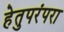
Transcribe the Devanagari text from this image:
हेतुपरंपरा